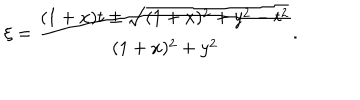
LaTeX: \xi = \frac { ( 1 + x ) t \pm \sqrt { ( 1 + x ) ^ { 2 } + y ^ { 2 } - t ^ { 2 } } } { ( 1 + x ) ^ { 2 } + y ^ { 2 } } .